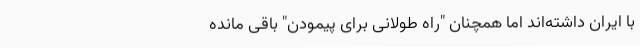
با ایران داشته‌اند اما همچنان "راه طولانی برای پیمودن" باقی مانده